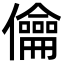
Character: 㒢